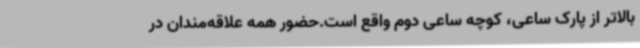
بالاتر از پارک ساعی، کوچه ساعی دوم واقع است.حضور همه علاقه‌مندان در